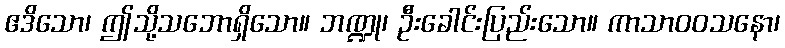
ဧဒိသော၊ ဤသို့သဘောရှိသော။ ဘဏ္ဍု၊ ဦးခေါင်းပြည်းသော။ ကာသာဝဝသနော၊